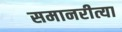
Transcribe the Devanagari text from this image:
समानरीत्या